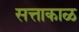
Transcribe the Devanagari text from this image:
सत्ताकाळ